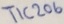
Text: TIC206